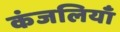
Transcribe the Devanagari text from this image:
कंजलियाँ